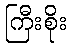
ကြီးစိုး